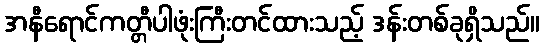
အနီရောင်ကတ္တီပါဖုံးကြီးတင်ထားသည့် ဒန်းတစ်ခုရှိသည်။